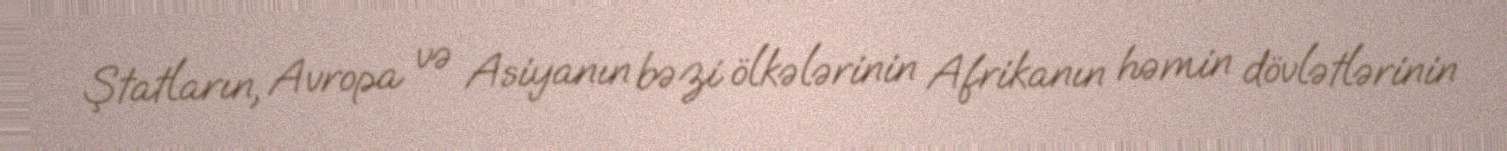
Ştatların, Avropa və Asiyanın bəzi ölkələrinin Afrikanın həmin dövlətlərinin